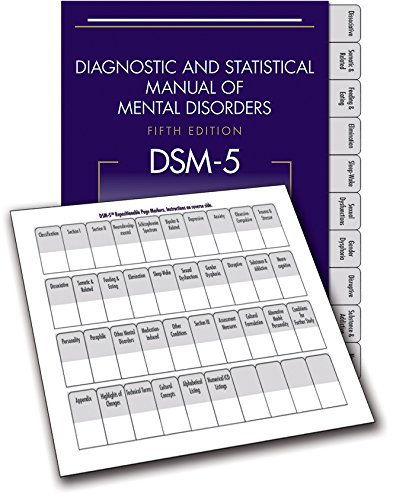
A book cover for Dsm-5(r) Repositionable Page Markers; American Psychiatric Association; Medical Books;